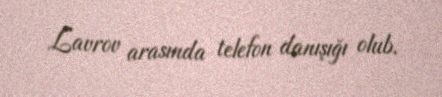
Lavrov arasında telefon danışığı olub.